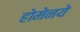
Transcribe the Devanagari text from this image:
होमेनये